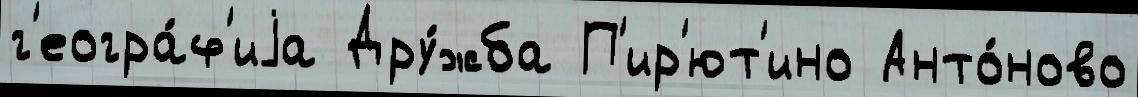
г'еогра́ф'иjа Дру́жба П'ир'ют'ино Анто́ново